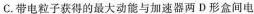
C. 带电粒子获得的最大动能与加速器两D形盒间电